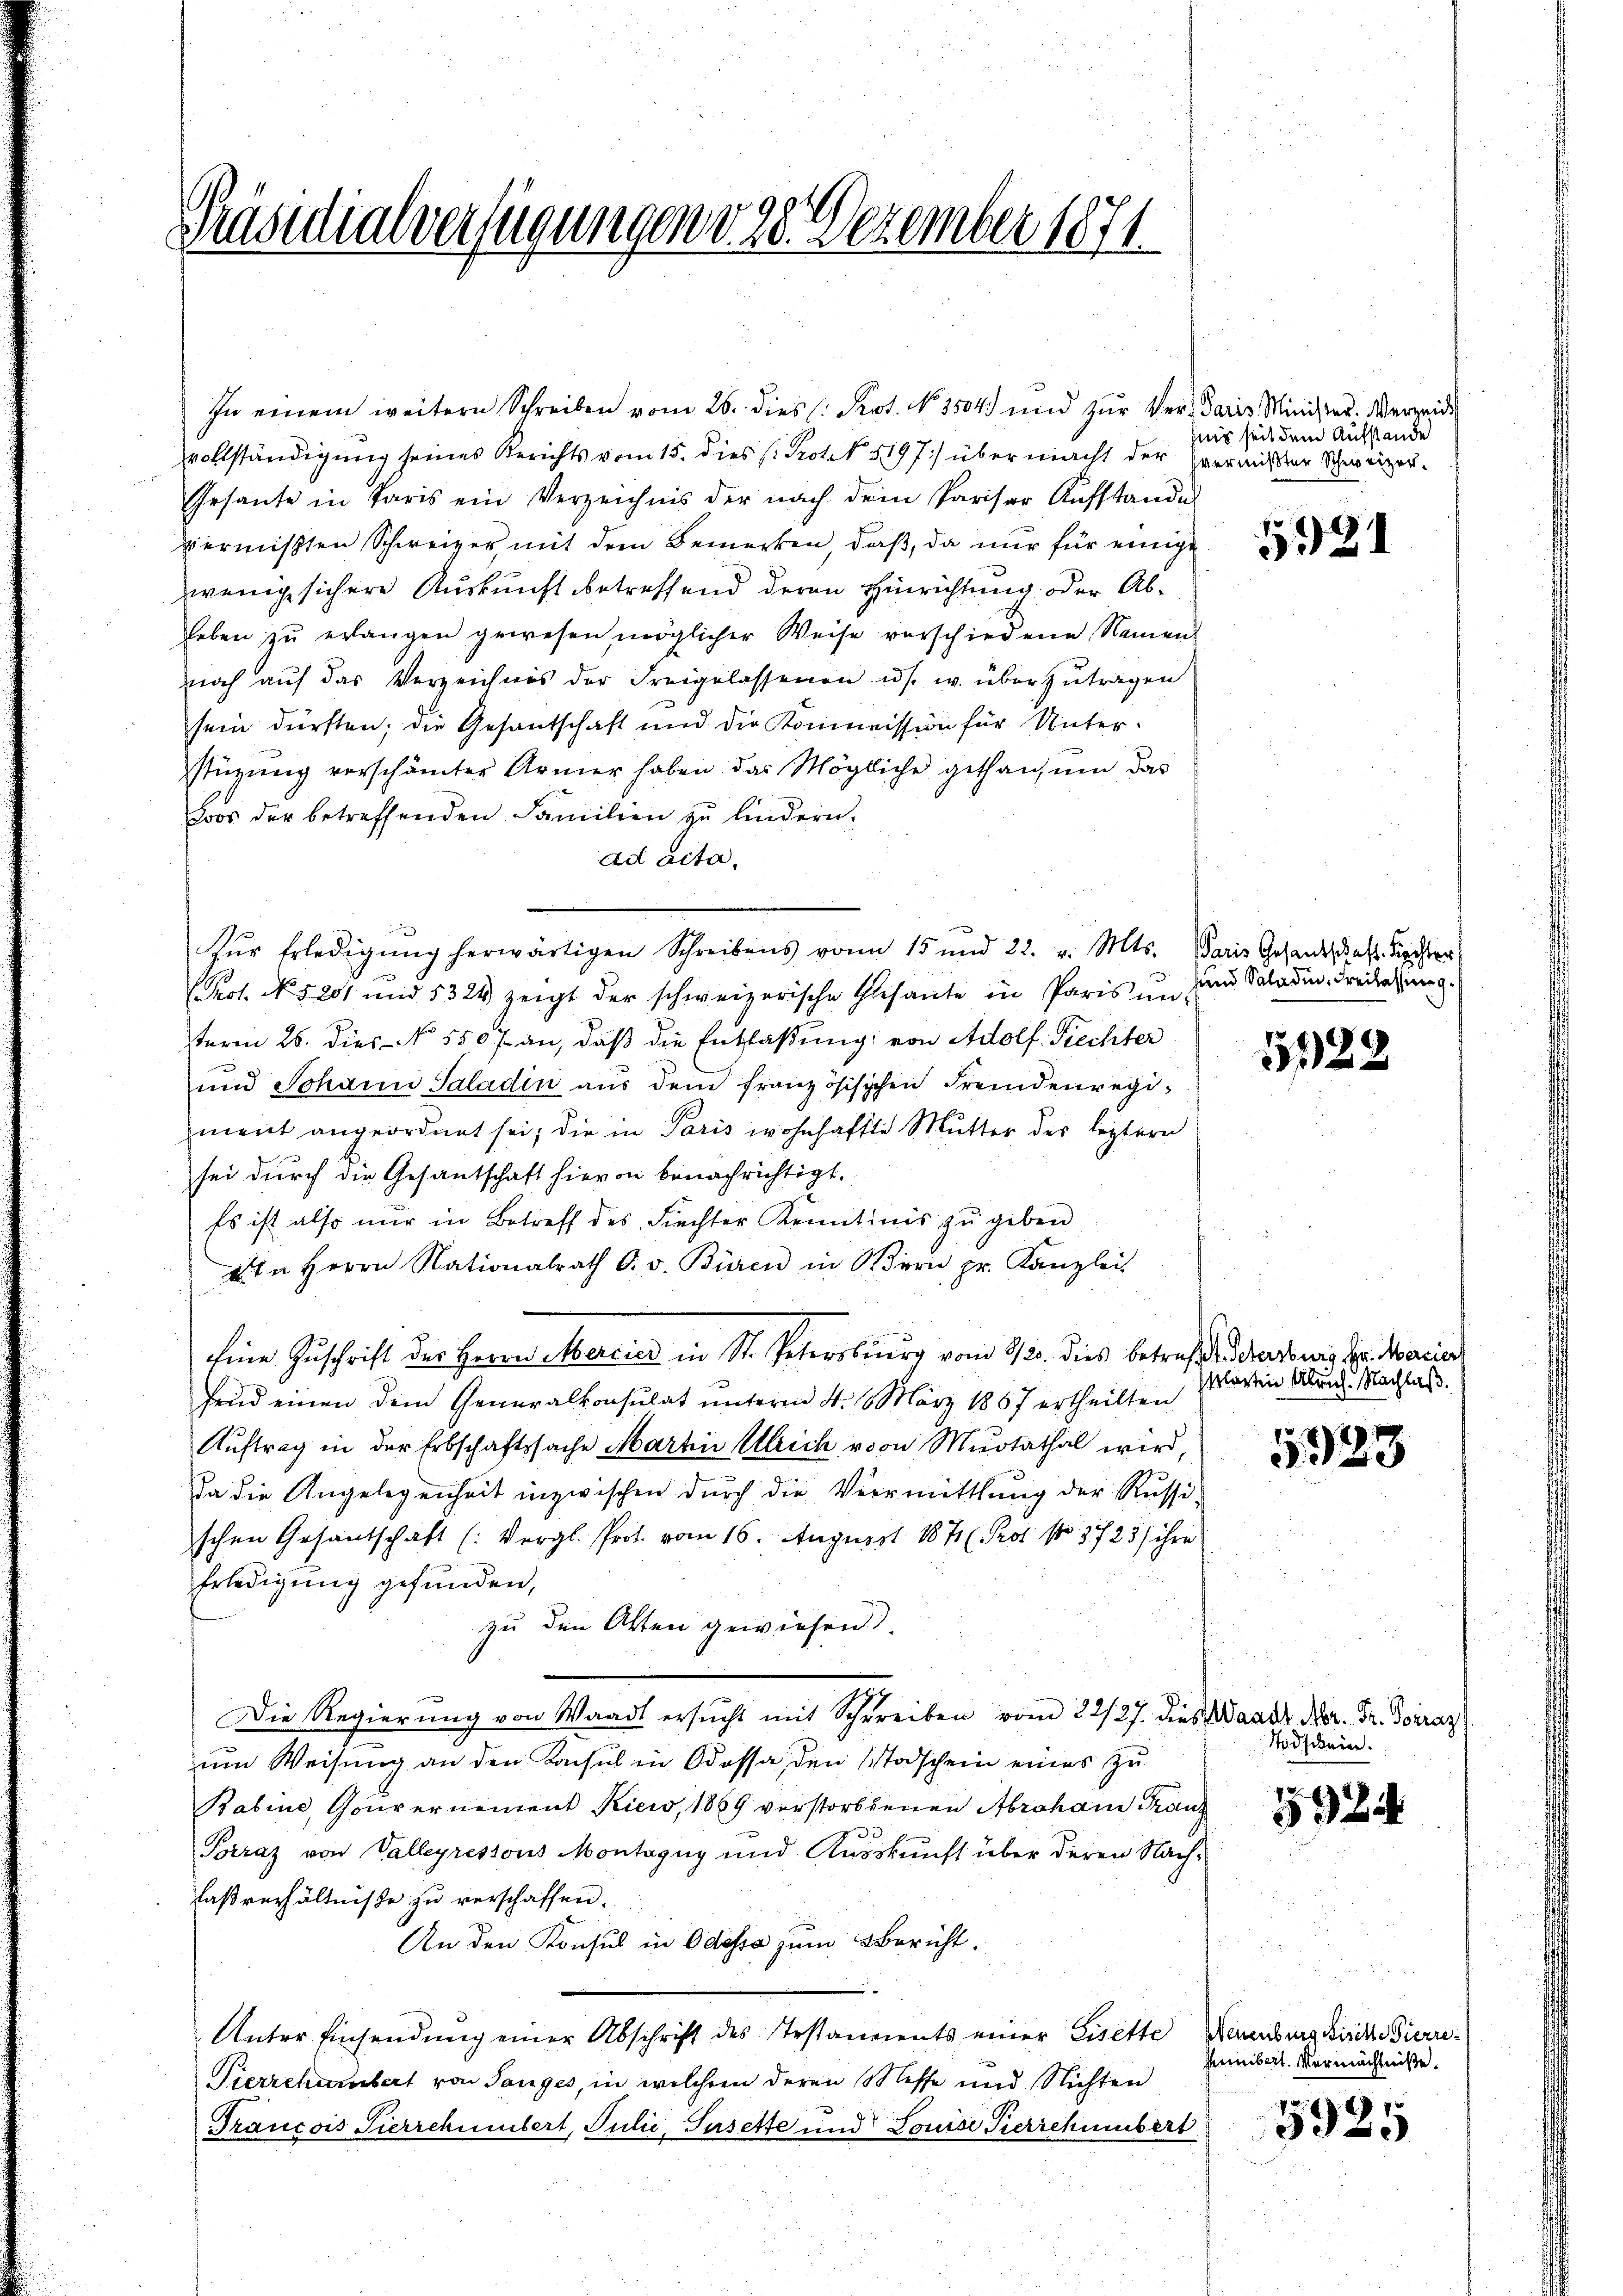
Präsidialverfügungen v. 23. Dezember 1871.

vollständigung seines Berichts vom 15. dies (Protok 5197) über macht der vermißter Schweizer-
Gesante in Paris ein Verzeichnis der nach dem Pariser Aufstande
piermißten Schweizer mit dem Bemerken, daß, da nur für einige
wenig sichere Auskunft betreffend deren Hinrichtung. Der Ableben zŭ erlangen gewesen möglicher Weise verschiedene Namen
noch aŭf das Verzeichnis der Freigelassenen u. s. w. überzutragen
sein dürften; die Gesantschaft und die Kommission für Unterstüzung verschämter Armer haben das Mögliche gethan, ŭm das
Loos der betreffenden Familien zŭ hindern.
ad acta.
Zŭr Erledigŭng herwärtigen Schreibens von 15 und 22. v. Mts. Paris Gesandtschaft dienster
Prot. No. 5201 und 5324 zeigt der schweizerische Gesante in Paris in und Saladin, Freilassung.
term 26. dies No 5507 an, daβ die Entlaßung von Adolf Fiechter
und Johann Saladin aŭs dem französischen Fremdenregiment angeordnet sei; die in Paris wohnhafte Mutter des leztern
sei durch die Gesantschaft hievon benachrichtigt.
Es ist also nur in Betreff des Fiechter Kenntinis zu geben
4 in Herrn Nationalrath O. v. Büren in Wern pr. Kanzlei
Eine Zuschrift der Herrn Mercier in St. Petersburg vom 2/3. dies betreffe dersweis der Marie
fend einen dem Generalkonsulat unterm 4. 1. März 1887 ertheilten
Auftrag in der Erbschaftssache Martin Ulrich von Mutathal wird,
da die Angelegenheit inzwischen durch die Vermittlung der Russischen Gesandschaft (: Vergl. Prot. vom 16. August 1871 (Prof. No 3725) ihre
Erledigung gefunden,
zu den Atten gewiesen
Die Regierung von Waadt ersŭcht mit Schreiben vom 22/27. dies Waadt Nr. Fr. Boiraz
ŭm Weisŭng an den Konsul in Odossa, den Todschein eines zŭ
Babine, Gouvernement Kiew, 1869 verstorbenen Abraham Franz
33
Prraz von Valleyressous Montagny und Kusskunft über deren Nach-
laßverhältnisse zu verschaffen.
An den Konsul in Odessa zum Bericht.
Unter Einsendung einer Abschrift des Testaments einer Eisette Neuenburg kirch Bierre¬
Pierrchambert von Tauges, in welchem deren Messe und Nichten
Francois Pierrchumbert, Julić, Susette und Louise Pierrchaubert

In einem weitern Schreiben vom 26. dies Prot. No. 3504) und zur Ver- Paris Minister. Verzende

hnis seit dem Aufstande

5921

5328

sklagten Ulrich. Nachlaß.

5323

Todschein.

5924

hibert. Vermächtniße.

5925